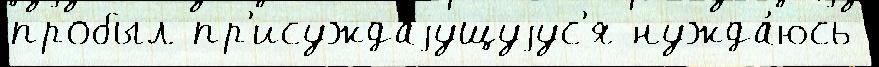
пробыл пр'исуждаjущуjус'я нужда́юсь